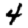
Digit: 4